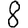
Digit: 8